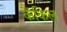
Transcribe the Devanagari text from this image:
कैंकिल